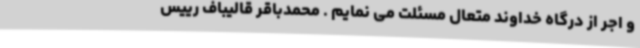
و اجر از درگاه خداوند متعال مسئلت می نمایم . محمدباقر قالیباف رییس